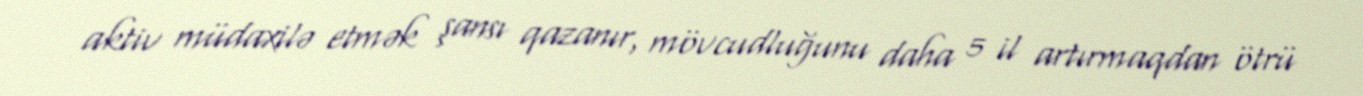
aktiv müdaxilə etmək şansı qazanır, mövcudluğunu daha 5 il artırmaqdan ötrü